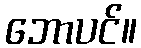
ဘောပင်။